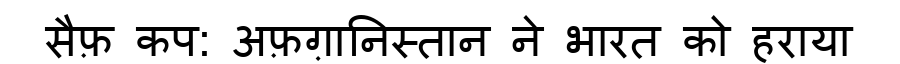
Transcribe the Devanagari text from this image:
सैफ़ कप: अफ़ग़ानिस्तान ने भारत को हराया